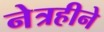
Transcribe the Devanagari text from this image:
नेत्रहीने